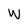
Character: W